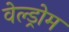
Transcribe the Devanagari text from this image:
वेल्ड्रोम